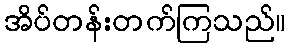
အိပ်တန်းတက်ကြသည်။